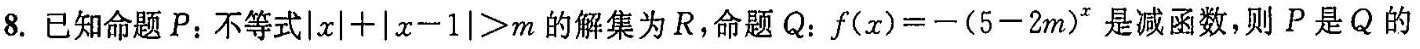
8. 已知命题 P：不等式 $$| x | + | x - 1 | ＞ m$$的解集为 R，命题 Q：$$f ( x ) = - ( 5 - 2 m ) ^{x}$$是减函数，则 P 是 Q 的